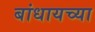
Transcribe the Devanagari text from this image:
बांधायच्या